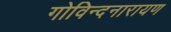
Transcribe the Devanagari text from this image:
गोविन्दनारायण